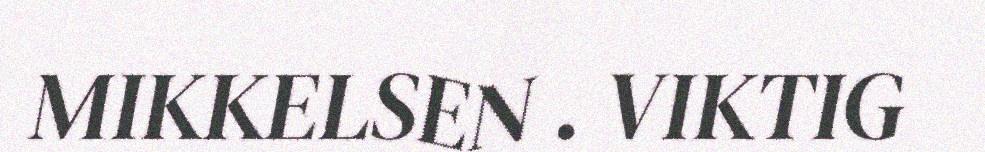
MIKKELSEN . VIKTIG